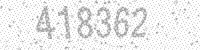
Solution: 418362